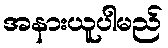
အနားယူပါမည်